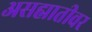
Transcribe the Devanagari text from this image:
असह्मातीवर